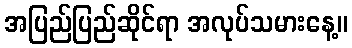
အပြည်ပြည်ဆိုင်ရာ အလုပ်သမားနေ့။